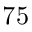
7 5